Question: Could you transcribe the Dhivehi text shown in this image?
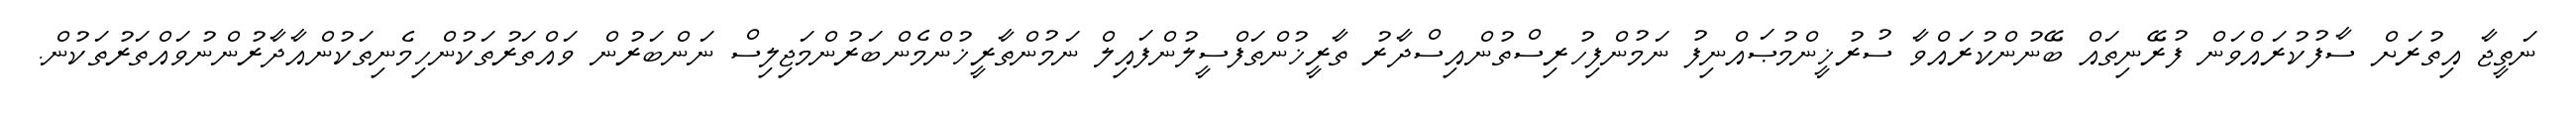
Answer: ނަތީޖާ އިތުރަށް ސާފުކުރައްވަން ފުރޭނިތައް ބޭނުންކުރައްވާ ސުރުޚީންމުޞައްނިފު ނަމުންފިހުރިސްތުންއިސްދާރު ތާރީޚުންތަފްސީލުންފައިލް ނަމުންތާރީޚުންމެންބަރުންމަޖިލިސް ނަންބަރުން ވައްތަރުތަކުންހިމެނިތަކުންއާދާރުންނުވައްތަރުތަކުން.